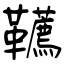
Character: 韉